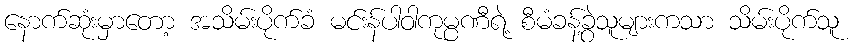
နောက်ဆုံးမှာတော့ အသိမ်းပိုက်ခံ မင်းန်ပါဝါကုမ္ပဏီရဲ့ စီမံခန့်ခွဲသူများကသာ သိမ်းပိုက်သူ